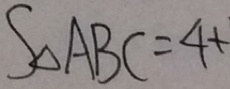
S _ { \Delta A B C } = 4 +